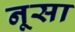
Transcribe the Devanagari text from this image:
नूसा